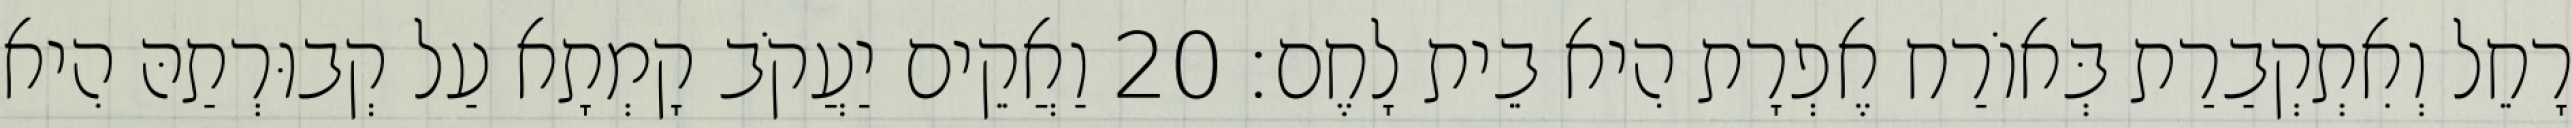
רָחֵל וְאִתְקְבַרַת בְּאוֹרַח אֶפְרָת הִיא בֵית לָחֶם׃ 20 וַאֲקֵים יַעֲקֹב קָמְתָא עַל קְבוּרְתַהּ הִיא